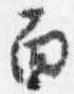
面